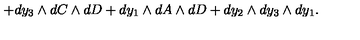
+ d y _ { 3 } \wedge d C \wedge d D + d y _ { 1 } \wedge d A \wedge d D + d y _ { 2 } \wedge d y _ { 3 } \wedge d y _ { 1 } .